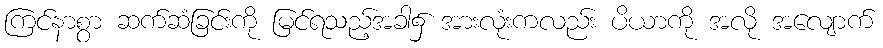
ကြင်နာစွာ ဆက်ဆံခြင်းကို မြင်ရသည့်အခါ၌ အားလုံးကလည်း ပိယာကို အလို အလျောက်